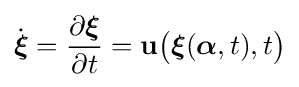
{\dot {\boldsymbol {\xi }}}={\frac {\partial {\boldsymbol {\xi }}}{\partial t}}=\mathbf {u} {\big (}{\boldsymbol {\xi }}({\boldsymbol {\alpha }},t),t{\big )}